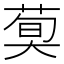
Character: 𦳣